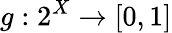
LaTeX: g:2^{X}\to[0,1]